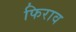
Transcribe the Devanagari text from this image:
फिराव